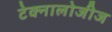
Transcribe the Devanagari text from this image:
टेक्नालोजीज